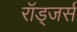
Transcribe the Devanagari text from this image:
रॉड्जर्स